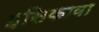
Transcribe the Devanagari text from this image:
इसिकावा